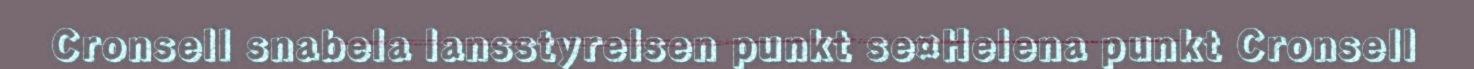
Cronsell snabela lansstyrelsen punkt se¤Helena punkt Cronsell